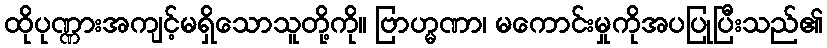
ထိုပုဏ္ဏားအကျင့်မရှိသောသူတို့ကို။ ဗြာဟ္မဏာ၊ မကောင်းမှုကိုအပပြုပြီးသည်၏